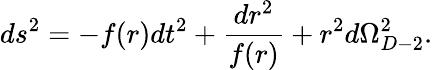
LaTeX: ds^{2}=-f(r)dt^{2}+\frac{dr^{2}}{f(r)}+r^{2}d\Omega_{D-2}^{2}.